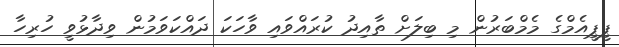
ޕީޕީއެމްގެ މެމްބަރުން މި ބިލަށް ތާއިދު ކުރައްވައި ވާހަކަ ދައްކަވަމުން ވިދާޅުވީ ހުރިހާ